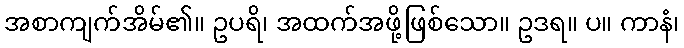
အစာကျက်အိမ်၏။ ဥပရိ၊ အထက်အဖို့ဖြစ်သော။ ဥဒရ။ ပ။ ကာနံ၊